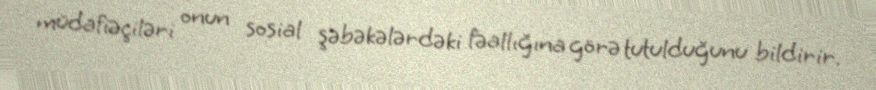
müdafiəçiləri onun sosial şəbəkələrdəki fəallığına görə tutulduğunu bildirir.